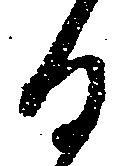
る